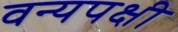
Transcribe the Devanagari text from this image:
वन्यपक्षी